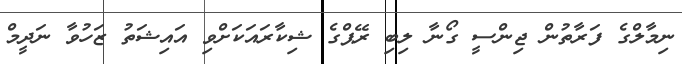
ނިމާލްގެ ފަރާތުން ޖިންސީ ގޯނާ ލިބި ރޭޕްގެ ޝިކާރައަކަށްވި އައިޝަތު ޒަހުވާ ނަދީމް